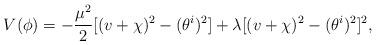
LaTeX: \begin{align*}V(\phi)=-\frac{\mu^2}{2}[(v+\chi)^2-(\theta^i)^2]+\lambda[(v+\chi)^2-(\theta^i)^2]^2,\end{align*}